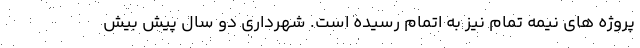
پروژه های نیمه تمام نیز به اتمام رسیده است. شهرداری دو سال پیش بیش